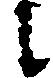
に